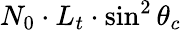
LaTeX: N_{0}\cdot L_{t}\cdot\sin^{2}\theta_{c}